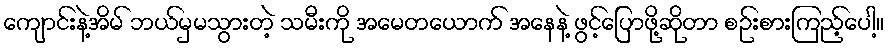
ကျောင်းနဲ့အိမ် ဘယ်မှမသွားတဲ့ သမီးကို အမေတယောက် အနေနဲ့ ဖွင့်ပြောဖို့ဆိုတာ စဉ်းစားကြည့်ပေါ့။